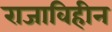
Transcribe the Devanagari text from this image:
राजाविहीन